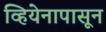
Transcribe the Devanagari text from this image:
व्हियेनापासून